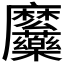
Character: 𮮎